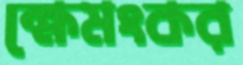
ক্ষেমংকর